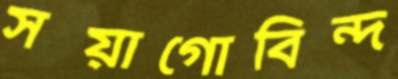
সয়াগোবিন্দ